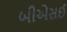
બીએસઈ